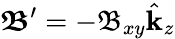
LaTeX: \boldsymbol{\mathfrak{B}}^{\prime}=-\mathfrak{B}_{xy}\hat{\mathbf{k}}_{z}